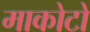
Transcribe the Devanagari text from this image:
माकोटो